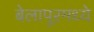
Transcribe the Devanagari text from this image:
बेलापूरमध्ये